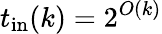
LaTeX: t_{\mathrm{in}}(k)=2^{O(k)}